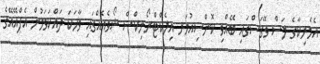
އެމެރިކާގެ ލަސް ވޭގަސްގައި ބޭއްވި ކޮންސިއުމަރ އިލެކްޓްރޯނިކްސް ޝޯވެއެއްގައި ވާހަކަ ދައްކަވަމުން އެފްއޭއޭގެ